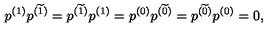
p ^ { ( 1 ) } p ^ { ( \widetilde { 1 } ) } = p ^ { ( \widetilde { 1 } ) } p ^ { ( 1 ) } = p ^ { ( 0 ) } p ^ { ( \widetilde { 0 } ) } = p ^ { ( \widetilde { 0 } ) } p ^ { ( 0 ) } = 0 ,